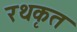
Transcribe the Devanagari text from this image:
रथकृत